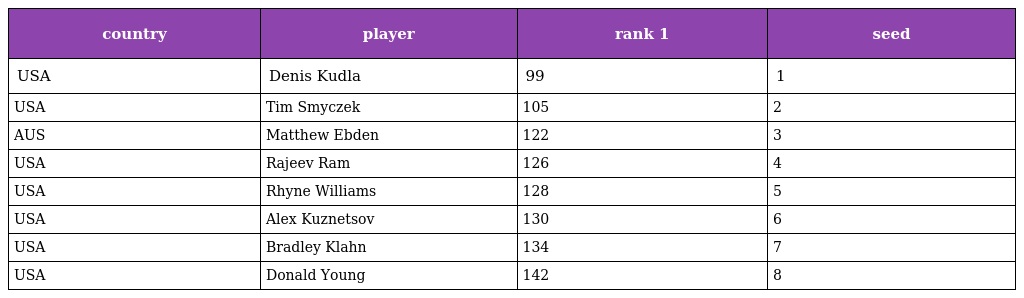
| country | player | rank 1 | seed |
 | --- | --- | --- | --- |
 | USA | Denis Kudla | 99 | 1 |
 | USA | Tim Smyczek | 105 | 2 |
 | AUS | Matthew Ebden | 122 | 3 |
 | USA | Rajeev Ram | 126 | 4 |
 | USA | Rhyne Williams | 128 | 5 |
 | USA | Alex Kuznetsov | 130 | 6 |
 | USA | Bradley Klahn | 134 | 7 |
 | USA | Donald Young | 142 | 8 |